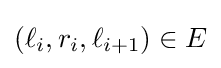
(\ell _{i},r_{i},\ell _{i+1})\in E